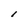
Character: l